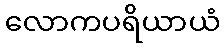
လောကပရိယာယံ